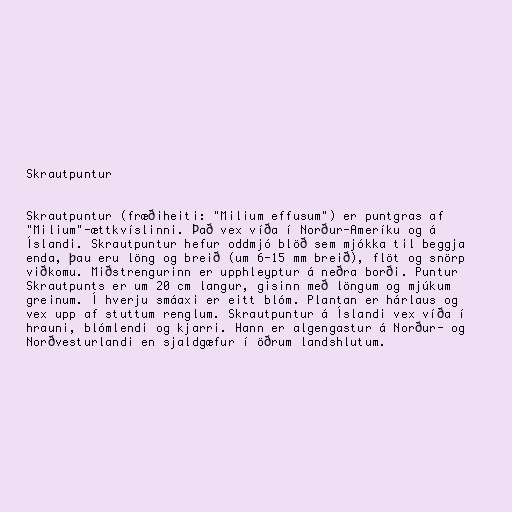
Skrautpuntur

Skrautpuntur (fræðiheiti: "Milium effusum") er puntgras af
"Milium"-ættkvíslinni. Það vex víða í Norður-Ameríku og á
Íslandi. Skrautpuntur hefur oddmjó blöð sem mjókka til beggja
enda, þau eru löng og breið (um 6-15 mm breið), flöt og snörp
viðkomu. Miðstrengurinn er upphleyptur á neðra borði. Puntur
Skrautpunts er um 20 cm langur, gisinn með löngum og mjúkum
greinum. Í hverju smáaxi er eitt blóm. Plantan er hárlaus og
vex upp af stuttum renglum. Skrautpuntur á Íslandi vex víða í
hrauni, blómlendi og kjarri. Hann er algengastur á Norður- og
Norðvesturlandi en sjaldgæfur í öðrum landshlutum.